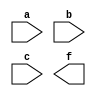
/*--  *******************************************************
--  Computer Architecture Course, Laboratory Sources 
--  Amirkabir University of Technology (Tehran Polytechnic)
--  Department of Computer Engineering (CE-AUT)
--  https://ce[dot]aut[dot]ac[dot]ir
--  *******************************************************
--  All Rights reserved (C) 2019-2020
--  *******************************************************
--  Student ID  : 
--  Student Name: 
--  Student Mail: 
--  *******************************************************
--  Additional Comments:
--
--*/

/*-----------------------------------------------------------
---  Module Name: Paritiy Generator
---  Description: Lab 04 Part 2
-----------------------------------------------------------*/
`timescale 1 ns/1 ns

module paritiy3_gen (
	input a,
	input b,
	input c,
	output f	
);
	/* write your code here */
	
	/* write your code here */

endmodule